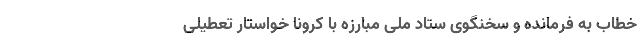
خطاب به فرمانده و سخنگوی ستاد ملی مبارزه با کرونا خواستار تعطیلی